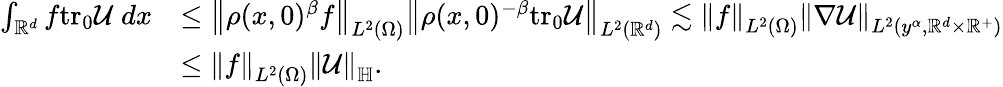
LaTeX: \begin{array}{rl}{\int_{\mathbb{R}^{d}}f\mathrm{tr_{0}}{\mathcal{U}}\; dx}&{\leq\left\| \rho(x,0)^{\beta}f\right\| _{L^{2}(\Omega)}\left\| \rho(x,0)^{-\beta}\mathrm{tr_{0}}{\mathcal{U}}\right\| _{L^{2}(\mathbb{R}^{d})}\lesssim\left\| f\right\| _{L^{2}(\Omega)}\left\| \nabla\mathcal{U}\right\| _{L^{2}(y^{\alpha},\mathbb{R}^{d}\times\mathbb{R}^{+})}}\\ &{\leq\left\| f\right\| _{L^{2}(\Omega)}\left\| \mathcal{U}\right\| _{\mathbb{H}}.}\end{array}